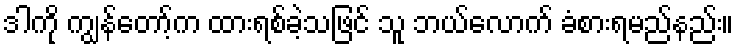
ဒါကို ကျွန်တော့်က ထားရစ်ခဲ့သဖြင် သူ ဘယ်လောက် ခံစားရမည်နည်း။